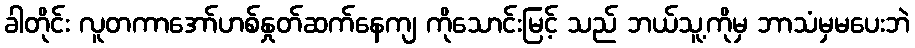
ခါတိုင်း လူတကာအော်ဟစ်နှုတ်ဆက်နေကျ ကိုသောင်းမြင့် သည် ဘယ်သူ့ကိုမှ ဘာသံမှမပေးဘဲ